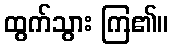
ထွက်သွား ကြ၏။